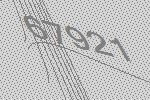
67921